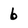
Character: 6